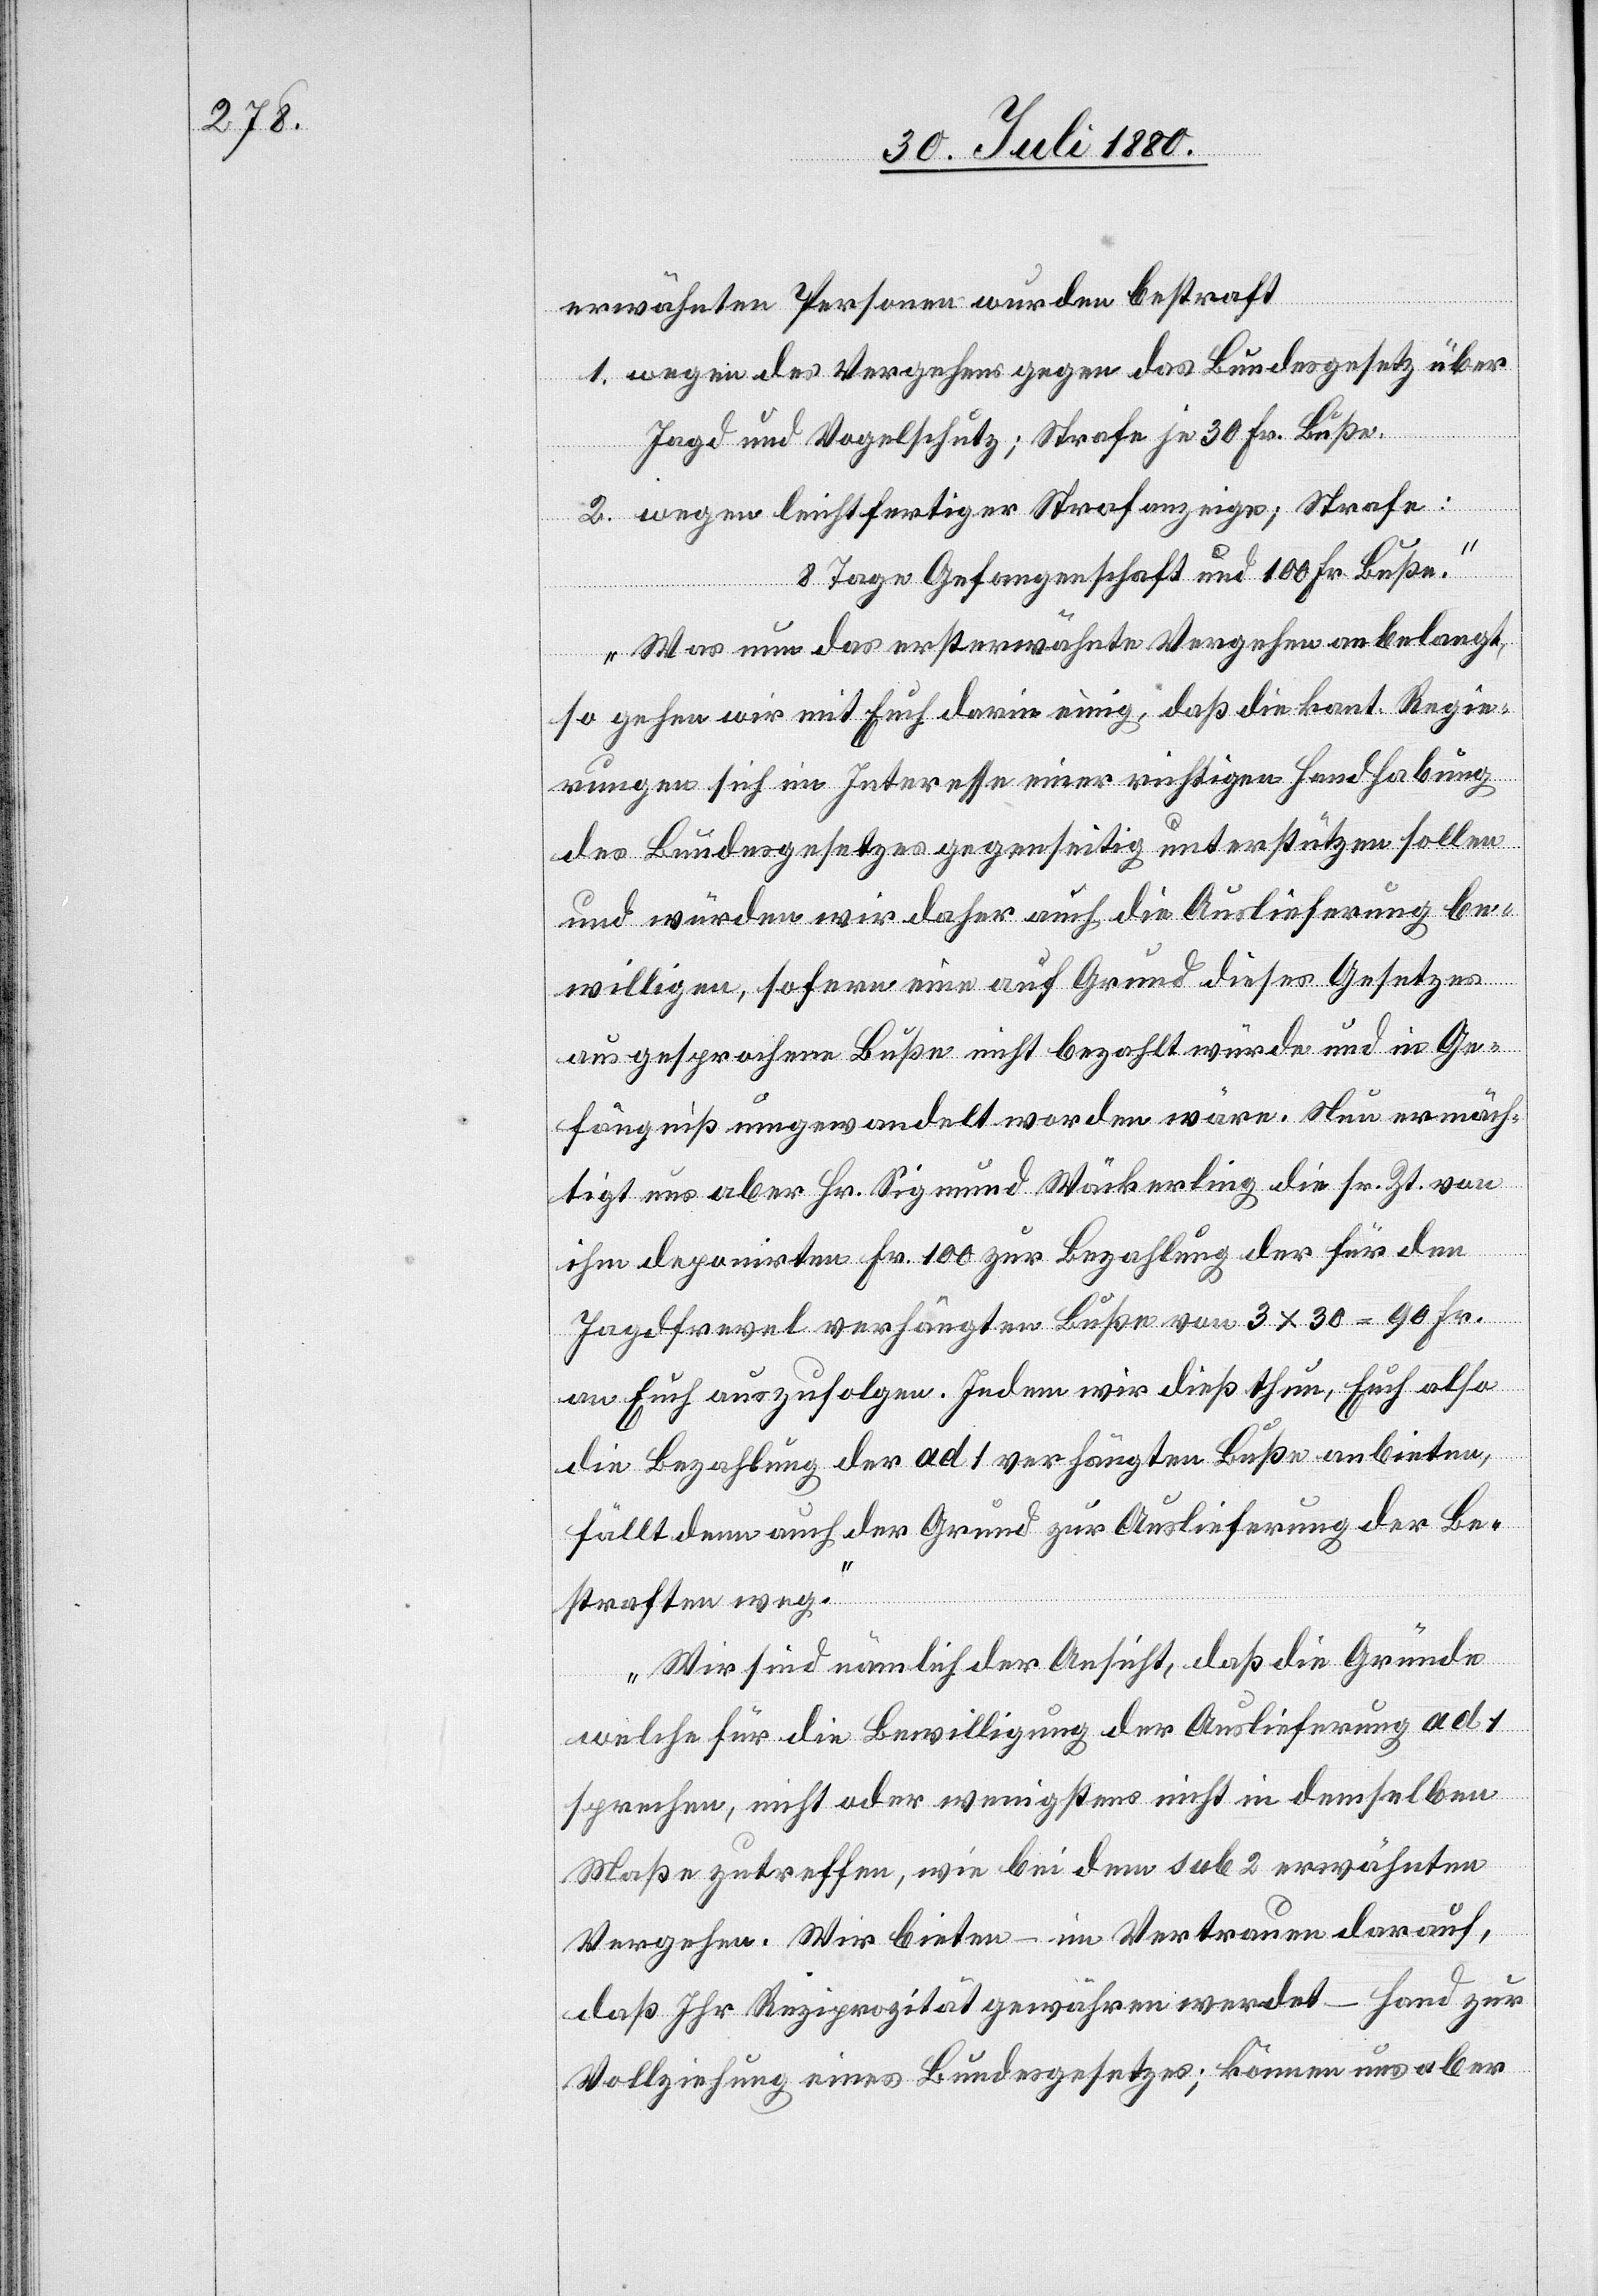
erwähnten Personen wurden bestraft
1. wegen des Vergehens gegen das Bundesgesetz über
Jagd und Vogelschutz; Strafe je 30 Fr. Buße.
2. wegen leichtfertiger Strafanzeige; Strafe:
8 Tage Gefangenschaft und 100 Fr. Buße.
Was nun das ersterwähnte Vergehen anbelangt,
so gehen wir mit Euch darin einig, daß die kant. Regie¬
rungen sich im Interesse einer richtigen Handhabung
des Bundesgesetzes gegenseitig unterstützten sollen
und würden wir daher auch die Auslieferung be¬
willigen, sofern eine auf Grund dieses Gesetzes
ausgesprochene Buße nicht bezahlt würde und in Ge¬
fängiß umgewandelt worden wäre. Neu ermäch¬
tigt uns aber Hr. Sigmund Wäckerling die sr. Zt. von
ihm deponirten Fr. 100 zur Bezahlung der für den
Jagdfrevel verhängten Buße von 3 x 30 = 90 Fr.
an Euch auszufolgen. Indem wir dieß thun, Euch also
die Bezahlung der ad 1 verhängten Buße anbieten,
fällt denn auch der Grund zur Auslieferung der Be¬
straften weg.
Wir sind nämlich der Ansicht, daß die Gründe
welche für die Bewilligung der Auslieferung ad 1
sprechen, nicht oder wenigstens nicht in demselben
Maße zutreffen, wie bei dem sub 2 erwähnten
Vergehen. Wir bieten – im Vertrauen darauf,
daß Ihr Reziprozität gewähren werdet – Hand zur
Vollziehung eines Bundesgesetzes; können uns aber